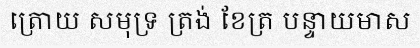
ត្រោយ សមុទ្រ ត្រង់ ខែត្រ បន្ទាយមាស